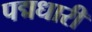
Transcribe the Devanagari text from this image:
पद्मधारी